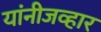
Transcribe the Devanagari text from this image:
यांनीजव्हार